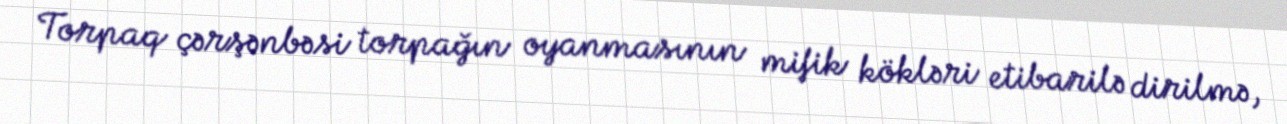
Torpaq çərşənbəsi torpağın oyanmasının mifik kökləri etibarilə dirilmə,